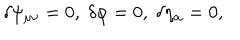
LaTeX: \delta \psi _ { \mu \nu } = 0 , \; \delta \varphi = 0 , \; \delta \eta _ { \alpha } = 0 ,